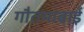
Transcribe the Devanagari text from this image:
गौतमाबाई